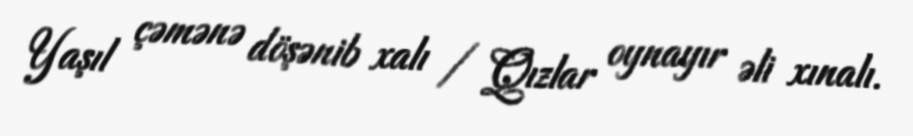
Yaşıl çəmənə döşənib xalı / Qızlar oynayır əli xınalı.